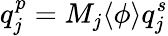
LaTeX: q_{j}^{p}=M_{j}\langle\phi\rangle q_{j}^{s}